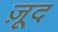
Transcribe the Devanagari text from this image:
ज़ूद